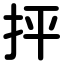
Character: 抨